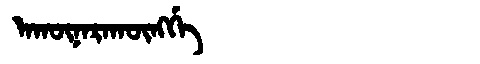
Manchu: ᠠᡴᡡᠨᠠᡵᠠᡴᡡᠩᡤᡝ
Romanization: AKŪNARAKŪNGGE